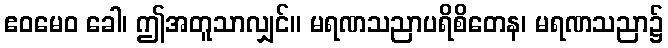
ဧဝမေဝ ခေါ၊ ဤအတူသာလျှင်။ မရဏသညာပရိစိတေန၊ မရဏသညာ၌